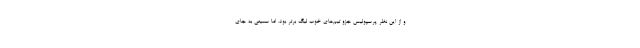
و از این نظر پرسپولیس جزو تیم‌های خوب لیگ برتر بود. اما سمیعی به جای